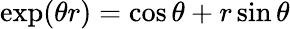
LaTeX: \exp(\theta r)=\cos\theta+r\sin\theta